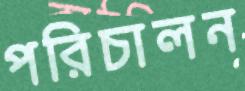
পরিচালন